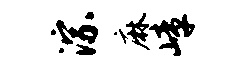
淙麻嶂